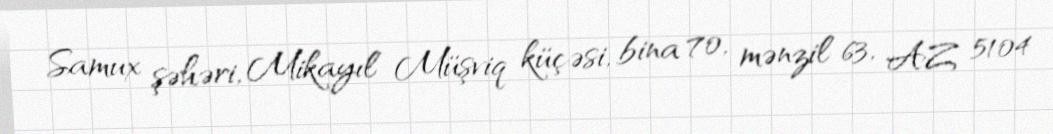
Samux şəhəri, Mikayıl Müşviq küçəsi, bina 70, mənzil 63, AZ 5104